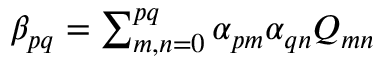
\begin{array} { r } { \beta _ { p q } = \sum _ { m , n = 0 } ^ { p q } \alpha _ { p m } \alpha _ { q n } Q _ { m n } } \end{array}